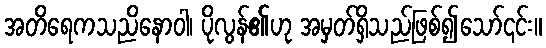
အတိရေကသညိနောဝါ၊ ပိုလွန်၏ဟု အမှတ်ရှိသည်ဖြစ်၍သော်၎င်း။